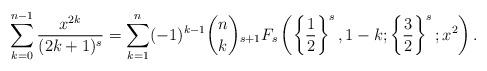
LaTeX: \begin{align*}\sum\limits_{k=0}^{n-1}\frac{x^{2k}}{(2k+1)^s}=\sum\limits_{k=1}^n(-1)^{k-1}\binom{n}{k}{_{s+1}F_s}\left(\left\{\frac{1}{2}\right\}^{s},1-k;\left\{\frac{3}{2}\right\}^{s};x^2\right).\end{align*}